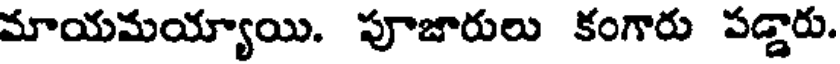
మాయమయ్యాయి. పూజారులు కంగారు పడ్డారు.